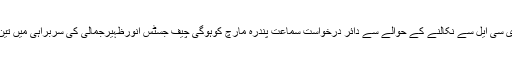
2016ء) سپریم کورٹ میں پرویز مشرف کا نام ای سی ایل سے نکالنے کے حوالے سے دائر درخواست سماعت پندرہ مارچ کوہوگی چیف جسٹس انورظہیرجمالی کی سربراہی میں تین رکنی بنچ15 مارچ کوکیس کی سماعت کرے گا۔